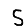
Digit: 5